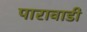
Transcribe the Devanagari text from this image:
पारावाडी